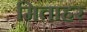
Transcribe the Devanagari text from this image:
मिताहर